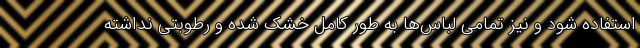
استفاده شود و نیز تمامی لباس‌ها به طور کامل خشک شده و رطوبتی نداشته